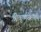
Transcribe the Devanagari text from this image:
श्रीकृष्णजन्माष्टमी